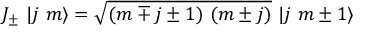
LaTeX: J _ { \pm } \ | j \ m \rangle = \sqrt { ( m \mp j \pm 1 ) \ ( m \pm j ) } \ | j \ m \pm 1 \rangle